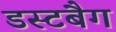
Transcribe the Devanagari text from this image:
डस्टबैग